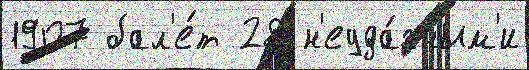
1907 бал'е́т 28 н'еуда́чным'и